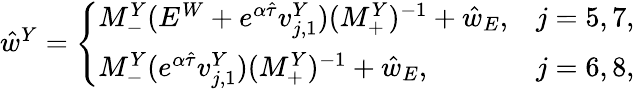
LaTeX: \begin{array}{r}{\hat{w}^{Y}=\left\{ \begin{array}{ll}{M_{-}^{Y}(E^{W}+e^{\alpha\hat{\tau}}v_{j,1}^{Y})(M_{+}^{Y})^{-1}+\hat{w}_{E},}&{j=5,7,}\\ {M_{-}^{Y}(e^{\alpha\hat{\tau}}v_{j,1}^{Y})(M_{+}^{Y})^{-1}+\hat{w}_{E},}&{j=6,8,}\end{array}\right.}\end{array}